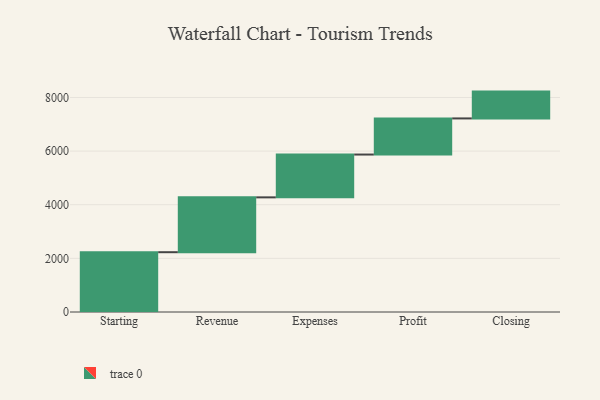
{"axis": {"x": "Step", "y": "Value"}, "legend": [""], "data": [{"x": "Starting", "y": 2230.0, "type": ""}, {"x": "Revenue", "y": 2045.0, "type": ""}, {"x": "Expenses", "y": 1597.0, "type": ""}, {"x": "Profit", "y": 1347.0, "type": ""}, {"x": "Closing", "y": 1000, "type": ""}]}